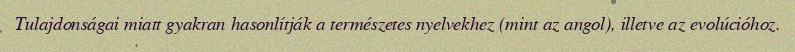
Tulajdonságai miatt gyakran hasonlítják a természetes nyelvekhez (mint az angol), illetve az evolúcióhoz.